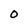
Character: O